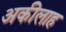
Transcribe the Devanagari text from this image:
अकीलाह